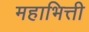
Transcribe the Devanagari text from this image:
महाभित्ती